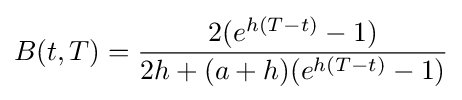
B(t,T)={\frac {2(e^{h(T-t)}-1)}{2h+(a+h)(e^{h(T-t)}-1)}}